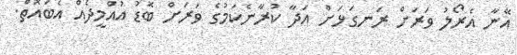
އޭނާ އެރޯލު ވަރަށް ރަނގަޅަށް އަދާ ކުރާނެކަމުގެ ވަރަށް ބޮޑު އުއްމީދެއް އެބައޮތް.